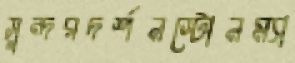
সুন্দরদর্শনস্টোনম্যা